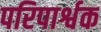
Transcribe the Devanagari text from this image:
परिपार्श्वक